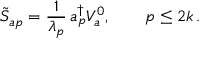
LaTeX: \tilde { S } _ { a p } = { \frac { 1 } { \lambda _ { p } } } \, a _ { p } ^ { \dagger } V _ { a } ^ { 0 } , \qquad p \le 2 k \, .